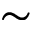
\sim